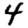
Digit: 4